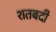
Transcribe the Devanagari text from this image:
शतबदी